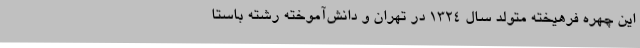
این چهره فرهیخته متولد سال ۱۳۲۴ در تهران و دانش‌آموخته رشته باستا